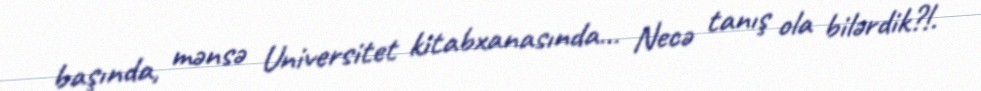
başında, mənsə Universitet kitabxanasında… Necə tanış ola bilərdik?!.